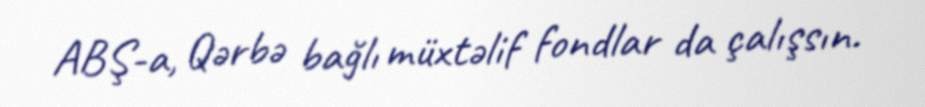
ABŞ-a, Qərbə bağlı müxtəlif fondlar da çalışsın.